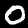
Label: 0